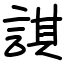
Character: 諆